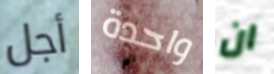
أجل واحدة ان